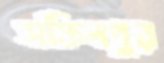
সফিলপুর